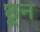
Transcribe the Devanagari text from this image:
छून